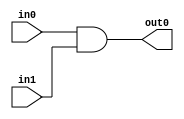

module and_gate(
    input in0,
    input in1,
    output out0
    );
    
    assign out0 = in0 & in1;
endmodule